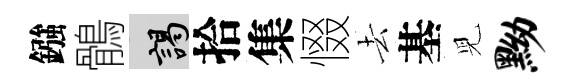
鏹鶻謁拾集惙去基児黝